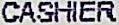
CASHIER